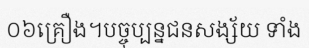
០៦គ្រឿង។បច្ចុប្បន្នជនសង្ស័យ ទាំង